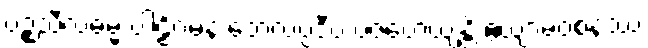
ပဉ္စသီလဓမ္မံ ပါဠိဂမနံ တေလပ္ပဒီပံ ပဇဟေယျန္တိ ဧယျာမဝစနဿ